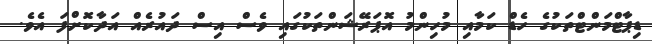
ޑިޕާޓްމަންޓްތަކުގެ ހެޑް ކަމާއި މުހިންމު އޮޕަރޭޝަންތަކުގައި ވެސް އިސް ދައުރެއް އަދާކޮށްފަ އެވެ.